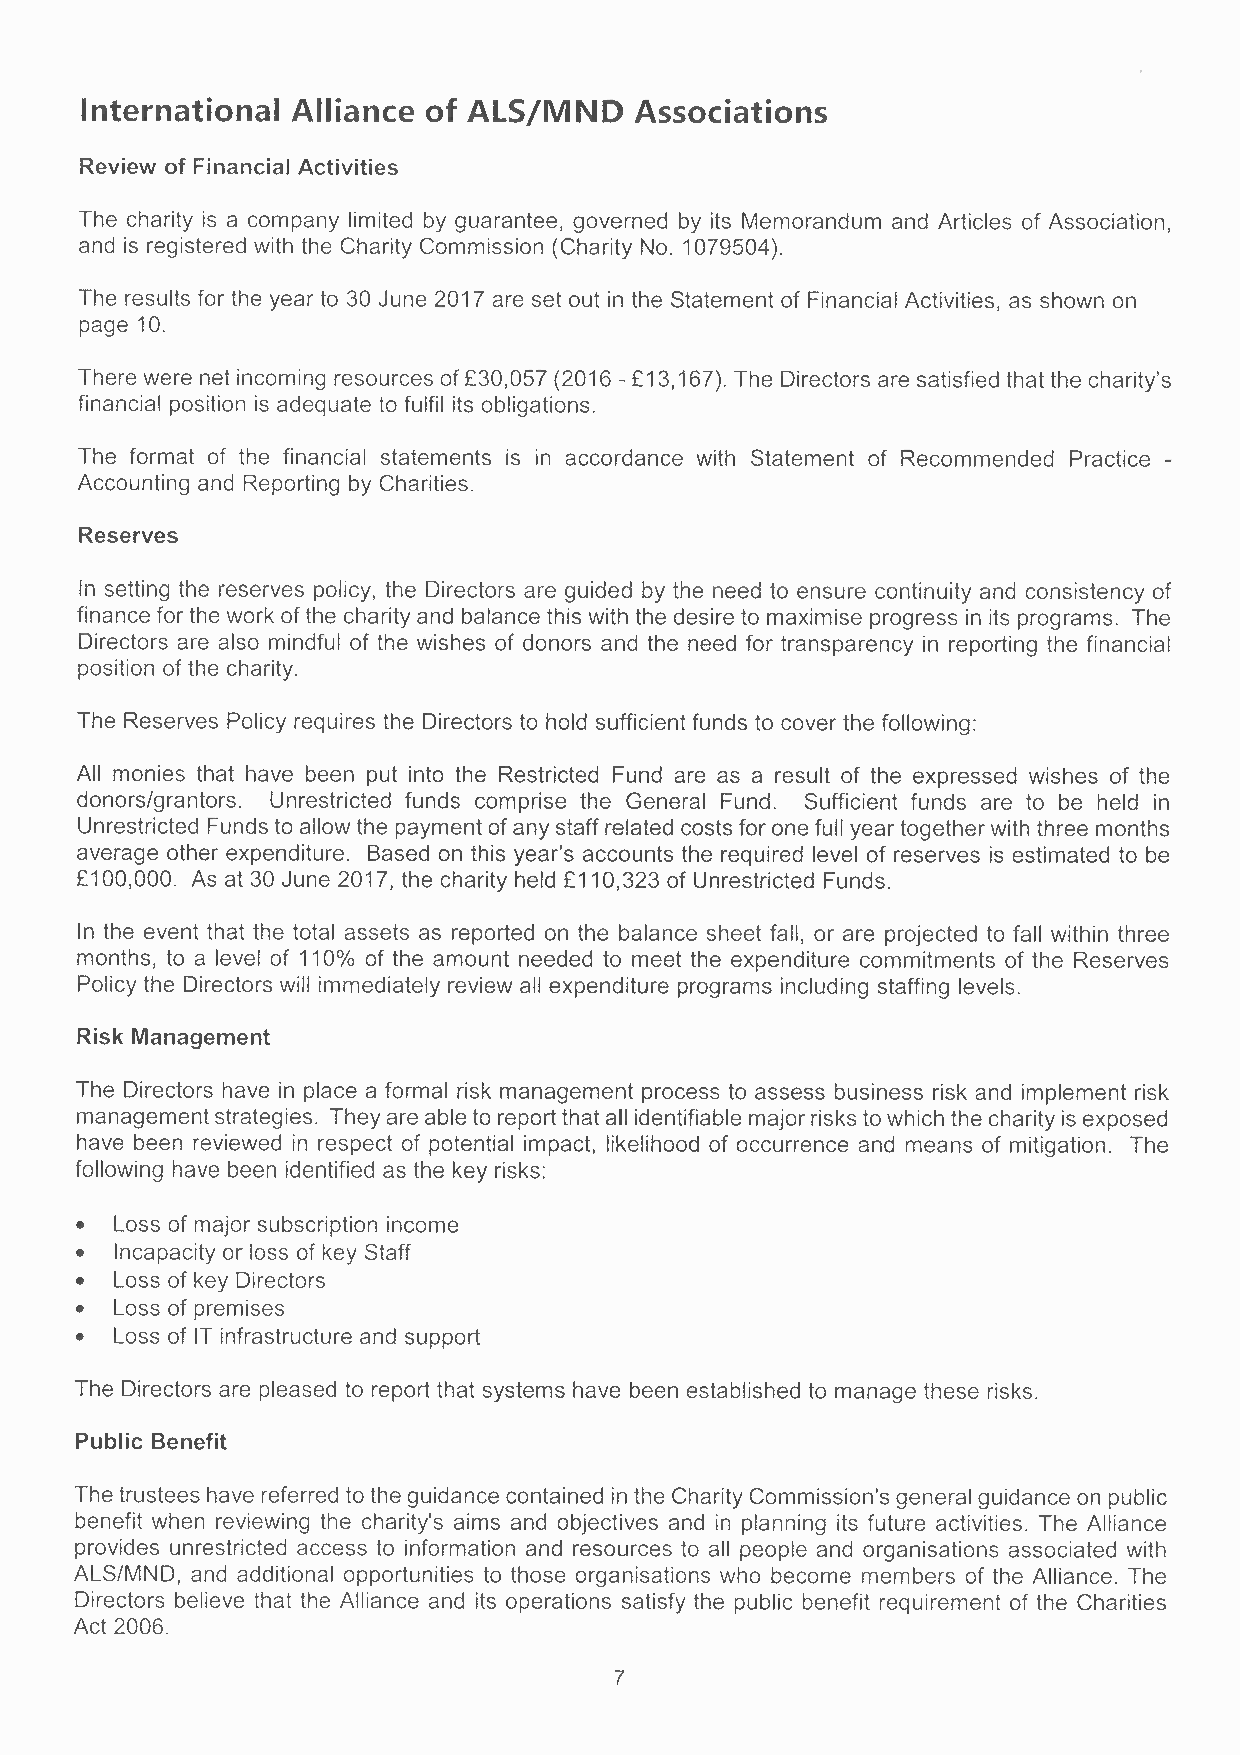
International Alliance of ALS/MND    Associations
 Review of Financial Activities
 The charity is a company limited by guarantee, governed by its Memorandum and Articles of Association,
 and is registered with the Charity Commission (Charity No. 1079504).
 The results for the year to 30 June 2017 are set out in the Statement of Financial Activities, as shown on
 page 10.
 There were net incoming resources of £30,057 (2016 - £13,167). The Directors are satisfied that the charity's
 financial position is adequate to fulfil its obligations.
 The format of the financial statements is in accordance with Statement of Recommended Practice -
 Accounting and Reporting by Charities.
 Reserves
 In setting the reserves policy, the Directors are guided by the need to ensure continuity and consistency of
 finance for the work of the charity and balance this with the desire to maximise progress in its programs. The
 Directors are also mindful of the wishes of donors and the need for transparency in reporting the financial
 position of the charity.
 The Reserves Policy requires the Directors to hold sufficient funds to cover the following:
 All monies that have been put into the Restricted Fund are as a result of the expressed wishes of the
 donors/grantors. Unrestricted funds comprise the General Fund. Sufficient funds are to be held in
 Unrestricted Funds to allow the payment of any staff related costs for one full year together with three months
 average other expenditure. Based on this year's accounts the required level of reserves is estimated to be
 £100,000. As at 30 June 2017, the charity held £110,323 of Unrestricted Funds.
 In the event that the total assets as reported on the balance sheet fall, or are projected to fall within three
 months, to a level of 110% of the amount needed to meet the expenditure commitments of the Reserves
 Policy the Directors will immediately review all expenditure programs including staffing levels.
 Risk Management
 The Directors have in place a formal risk management process to assess business risk and implement risk
 management strategies. They are able to report that all identifiable major risks to which the charity is exposed
 have been reviewed in respect of potential impact, likelihood of occurrence and means of mitigation. The
 following have been identified as the key risks:
 •  Loss of major subscription income
 •  Incapacity or loss of key Staff
 •  Loss of key Directors
 •  Loss of premises
 •  Loss of IT infrastructure and support
 The Directors are pleased to report that systems have been established to manage these risks.
 Public Benefit
 The trustees have referred to the guidance contained in the Charity Commission's general guidance on public
 benefit when reviewing the charity's aims and objectives and in planning its future activities. The Alliance
 provides unrestricted access to information and resources to all people and organisations associated with
 ALS/MND, and additional opportunities to those organisations who become members of the Alliance. The
 Directors believe that the Alliance and its operations satisfy the public benefit requirement of the Charities
 Act 2006.
 7